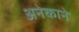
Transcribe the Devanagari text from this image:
अनेकाने